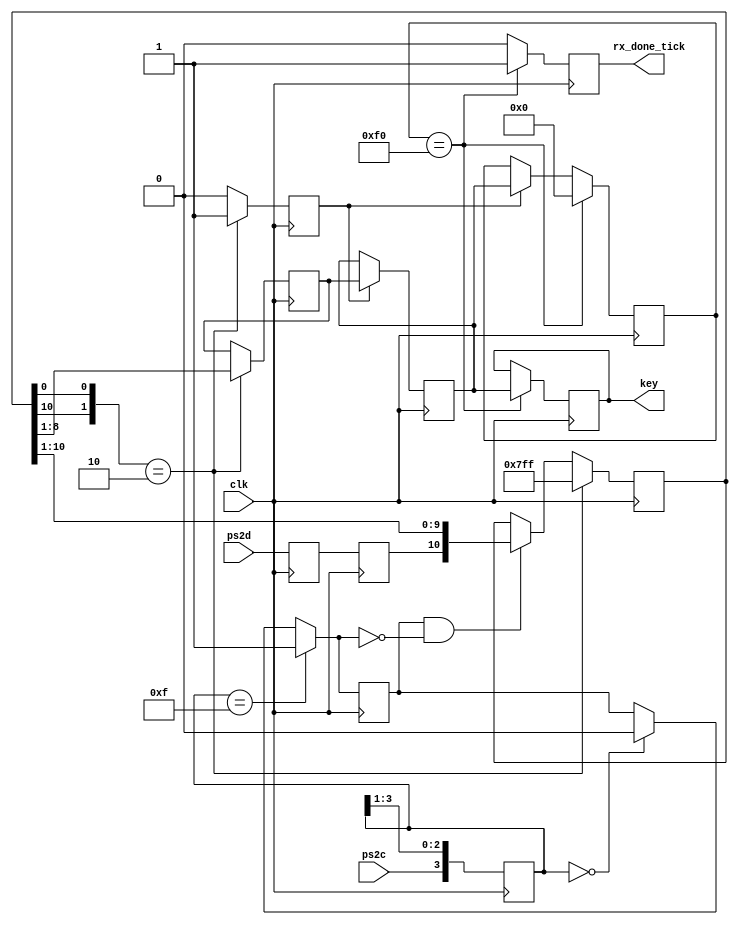
`timescale 1ns / 1ps
//////////////////////////////////////////////////////////////////////////////////
// Company: 
// Engineer: 
// 
// Design Name: 
// Module Name:    ps2_receiver 
// Project Name: 
// Target Devices: 
// Tool versions: 
// Description: 
//
// Dependencies: 
//
// Revision: 
// Revision 0.01 - File Created
// Additional Comments: 
//
//////////////////////////////////////////////////////////////////////////////////

module ps2_receiver
   (
    input clk,
    input ps2d, ps2c,
    output reg rx_done_tick = 0,
    output reg [7:0]key
   );

   // signal declaration
   reg [3:0] filter_reg;
   wire [3:0] filter_next;
   reg f_ps2c_reg;
   wire f_ps2c_next;
	
	reg f1_ps2d;
	reg f2_ps2d;

   wire fall_edge;
	reg end_byte = 0;
	
	reg [10:0]temp = 11'h7FF;
	reg [7:0]keys[1:0];
	reg [2:0]key_cnt = 0;
	reg [7:0]ps2_data;

   always @(posedge clk)
   begin
		filter_reg <= filter_next;
		f_ps2c_reg <= f_ps2c_next;
   end

   assign filter_next = {ps2c, filter_reg[3:1]};
   assign f_ps2c_next = (filter_reg==4'b1111) ? 1'b1 :
                        (filter_reg==4'b0000) ? 1'b0 :
                         f_ps2c_reg;
   assign fall_edge = f_ps2c_reg & ~f_ps2c_next;
	
	
	always @(posedge clk)
   begin
		if(fall_edge)
			temp <= {f2_ps2d,temp[10:1]};
		
		if({temp[10],temp[0]}==2'b10) begin
			temp <= 11'h7FF;
			ps2_data <= temp[8:1];
			end_byte <= 1;
		end
		else begin
			end_byte <= 0;
		end
	end
	
	always @(posedge clk)
	begin
		if(end_byte) begin
			keys[1] <= keys[0];
			keys[0] <= ps2_data;
		end
		
		if(keys[1] == 8'hf0) begin
			rx_done_tick <= 1;
			keys[1] <= 0;
			key <= keys[0];
		end
		else begin
			rx_done_tick <= 0;
		end
		
	end
	
	always @(posedge clk)
	begin
		f1_ps2d <= ps2d;
		f2_ps2d <= f1_ps2d;
	end

endmodule